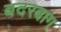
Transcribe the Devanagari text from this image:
बदरबाग